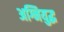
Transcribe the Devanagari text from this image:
अग्नियुद्ध